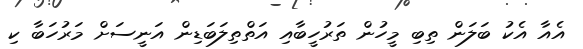
އެއާ އެކު ބަލަން ތިބި މީހުން ތަރުހީބާއި އަތްތިލަބަޑިން އަނީސަށް މަރުހަބާ ކި